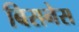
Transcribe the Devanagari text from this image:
बिसनेस